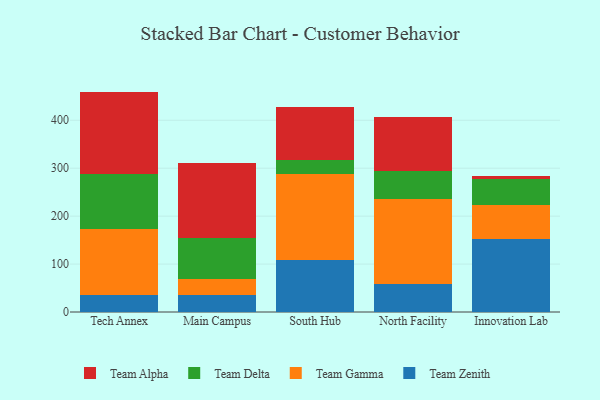
{"axis": {"x": "Campus", "y": "Churn Rate (%)"}, "legend": ["Team Alpha", "Team Delta", "Team Gamma", "Team Zenith"], "data": [{"x": "Tech Annex", "y": 36.4, "type": "Team Zenith"}, {"x": "Tech Annex", "y": 136.7, "type": "Team Gamma"}, {"x": "Tech Annex", "y": 114.3, "type": "Team Delta"}, {"x": "Tech Annex", "y": 172.4, "type": "Team Alpha"}, {"x": "Main Campus", "y": 35.9, "type": "Team Zenith"}, {"x": "Main Campus", "y": 33.8, "type": "Team Gamma"}, {"x": "Main Campus", "y": 85.0, "type": "Team Delta"}, {"x": "Main Campus", "y": 157.0, "type": "Team Alpha"}, {"x": "South Hub", "y": 109.1, "type": "Team Zenith"}, {"x": "South Hub", "y": 179.6, "type": "Team Gamma"}, {"x": "South Hub", "y": 28.7, "type": "Team Delta"}, {"x": "South Hub", "y": 110.1, "type": "Team Alpha"}, {"x": "North Facility", "y": 57.4, "type": "Team Zenith"}, {"x": "North Facility", "y": 178.1, "type": "Team Gamma"}, {"x": "North Facility", "y": 57.7, "type": "Team Delta"}, {"x": "North Facility", "y": 112.7, "type": "Team Alpha"}, {"x": "Innovation Lab", "y": 152.7, "type": "Team Zenith"}, {"x": "Innovation Lab", "y": 69.7, "type": "Team Gamma"}, {"x": "Innovation Lab", "y": 54.7, "type": "Team Delta"}, {"x": "Innovation Lab", "y": 5.8, "type": "Team Alpha"}]}